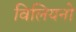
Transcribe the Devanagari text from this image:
विलियनों